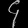
Digit: ၄